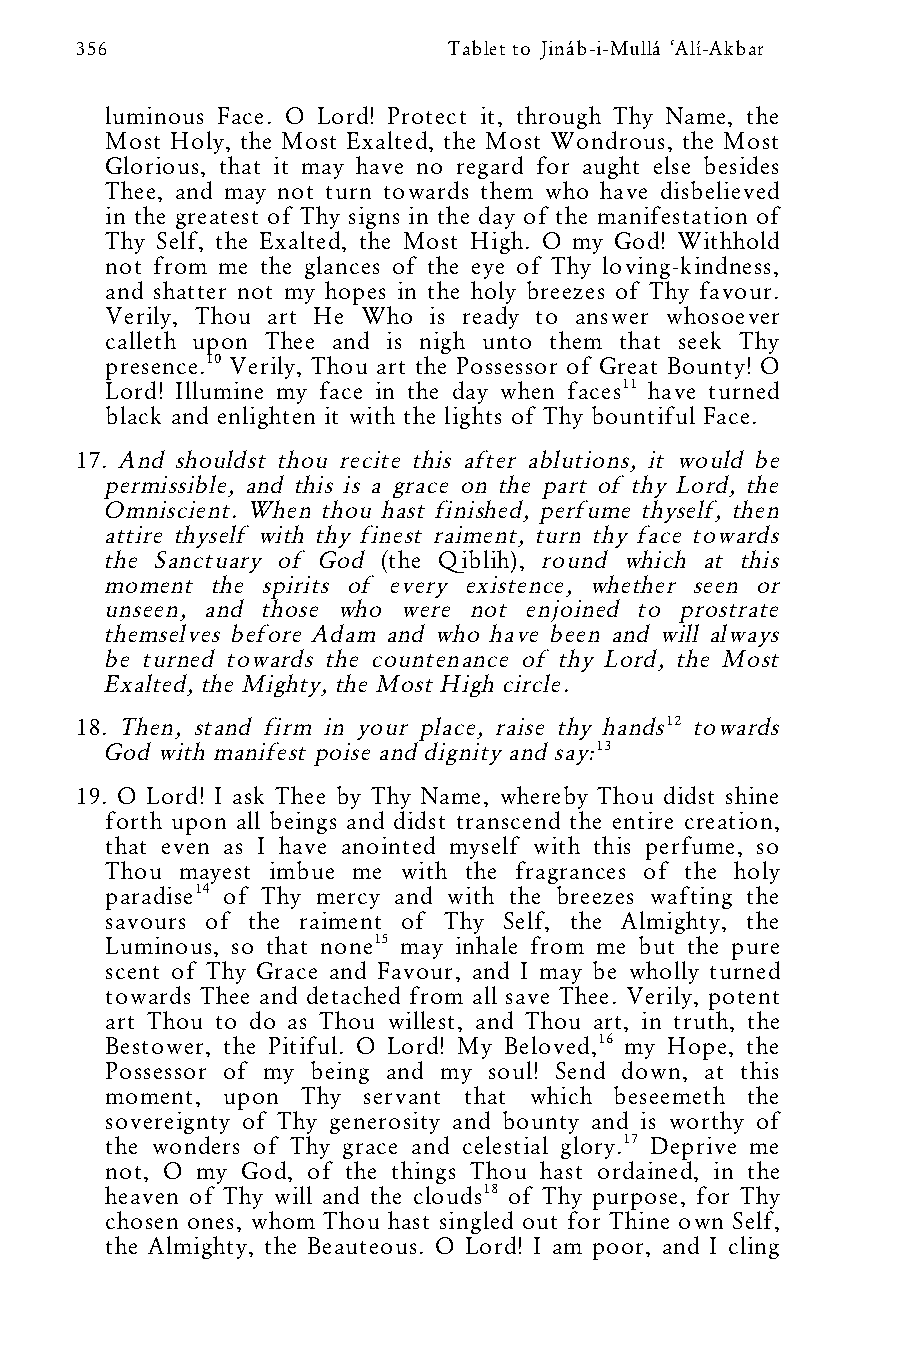
356                      Tablet to Jináb-i-Mullá ‘Alí-Akbar
 luminous Face. O Lord! Protect it, through Thy Name, the
 Most Holy, the Most Exalted, the Most Wondrous, the Most
 Glorious, that it may have no regard for aught else besides
 Thee, and may not turn towards them who have disbelieved
 in the greatest of Thy signs in the day of the manifestation of
 Thy Self, the Exalted, the Most High. O my God! Withhold
 not from me the glances of the eye of Thy loving-kindness,
 and shatter not my hopes in the holy breezes of Thy favour.
 Verily, Thou art He Who is ready to answer whosoever
 calleth upon Thee and is nigh unto them that seek Thy
 presence.10 Verily, Thou art the Possessor of Great Bounty! O
 Lord! Illumine my face in the day when faces11 have turned
 black and enlighten it with the lights of Thy bountiful Face.
 17. And shouldst thou recite this after ablutions, it would be
 permissible, and this is a grace on the part of thy Lord, the
 Omniscient. When thou hast finished, perfume thyself, then
 attire thyself with thy finest raiment, turn thy face towards
 the Sanctuary of God (the Qiblih), round which at this
 moment the spirits of every existence, whether seen or
 unseen, and those who were not enjoined to prostrate
 themselves before Adam and who have been and will always
 be turned towards the countenance of thy Lord, the Most
 Exalted, the Mighty, the Most High circle.
 18. Then, stand firm in your place, raise thy hands12 towards
 God with manifest poise and dignity and say:13
 19. O Lord! I ask Thee by Thy Name, whereby Thou didst shine
 forth upon all beings and didst transcend the entire creation,
 that even as I have anointed myself with this perfume, so
 Thou mayest imbue me with the fragrances of the holy
 paradise14 of Thy mercy and with the breezes wafting the
 savours of the raiment of Thy Self, the Almighty, the
 Luminous, so that none15 may inhale from me but the pure
 scent of Thy Grace and Favour, and I may be wholly turned
 towards Thee and detached from all save Thee. Verily, potent
 art Thou to do as Thou willest, and Thou art, in truth, the
 Bestower, the Pitiful. O Lord! My Beloved,16 my Hope, the
 Possessor of my being and my soul! Send down, at this
 moment, upon Thy servant that which beseemeth the
 sovereignty of Thy generosity and bounty and is worthy of
 the wonders of Thy grace and celestial glory.17 Deprive me
 not, O my God, of the things Thou hast ordained, in the
 heaven of Thy will and the clouds18 of Thy purpose, for Thy
 chosen ones, whom Thou hast singled out for Thine own Self,
 the Almighty, the Beauteous. O Lord! I am poor, and I cling